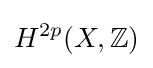
H^{2p}(X,\mathbb {Z} )